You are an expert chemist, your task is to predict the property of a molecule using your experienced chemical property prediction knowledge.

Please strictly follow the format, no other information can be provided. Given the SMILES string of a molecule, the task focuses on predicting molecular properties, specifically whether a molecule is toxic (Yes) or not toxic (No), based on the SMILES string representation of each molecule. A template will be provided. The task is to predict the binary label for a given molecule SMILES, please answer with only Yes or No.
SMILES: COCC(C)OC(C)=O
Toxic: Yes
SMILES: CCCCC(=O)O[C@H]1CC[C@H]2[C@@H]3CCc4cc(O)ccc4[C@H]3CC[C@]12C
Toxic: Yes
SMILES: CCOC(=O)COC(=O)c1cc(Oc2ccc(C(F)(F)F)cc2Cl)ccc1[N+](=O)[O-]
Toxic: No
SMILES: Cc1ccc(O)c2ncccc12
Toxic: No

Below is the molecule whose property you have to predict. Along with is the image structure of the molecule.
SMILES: COc1ccc(COC=O)cc1
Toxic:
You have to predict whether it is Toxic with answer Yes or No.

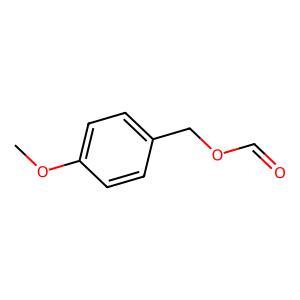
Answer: No